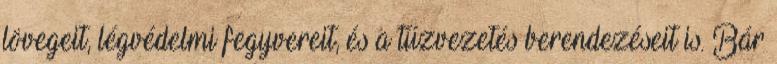
lövegeit, légvédelmi fegyvereit, és a tűzvezetés berendezéseit is. Bár